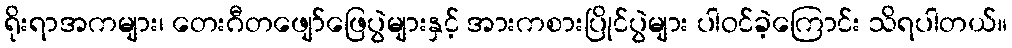
ရိုးရာအကများ၊ တေးဂီတဖျော်ဖြေပွဲများနှင့် အားကစားပြိုင်ပွဲများ ပါဝင်ခဲ့ကြောင်း သိရပါတယ်။